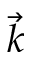
\vec { k }